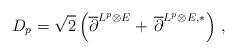
LaTeX: \begin{align*}D_p = \sqrt{2}\left(\overline{\partial}^{L^p\otimes E}+ \,\overline{\partial}^{L^p\otimes E,*}\right)\,,\end{align*}